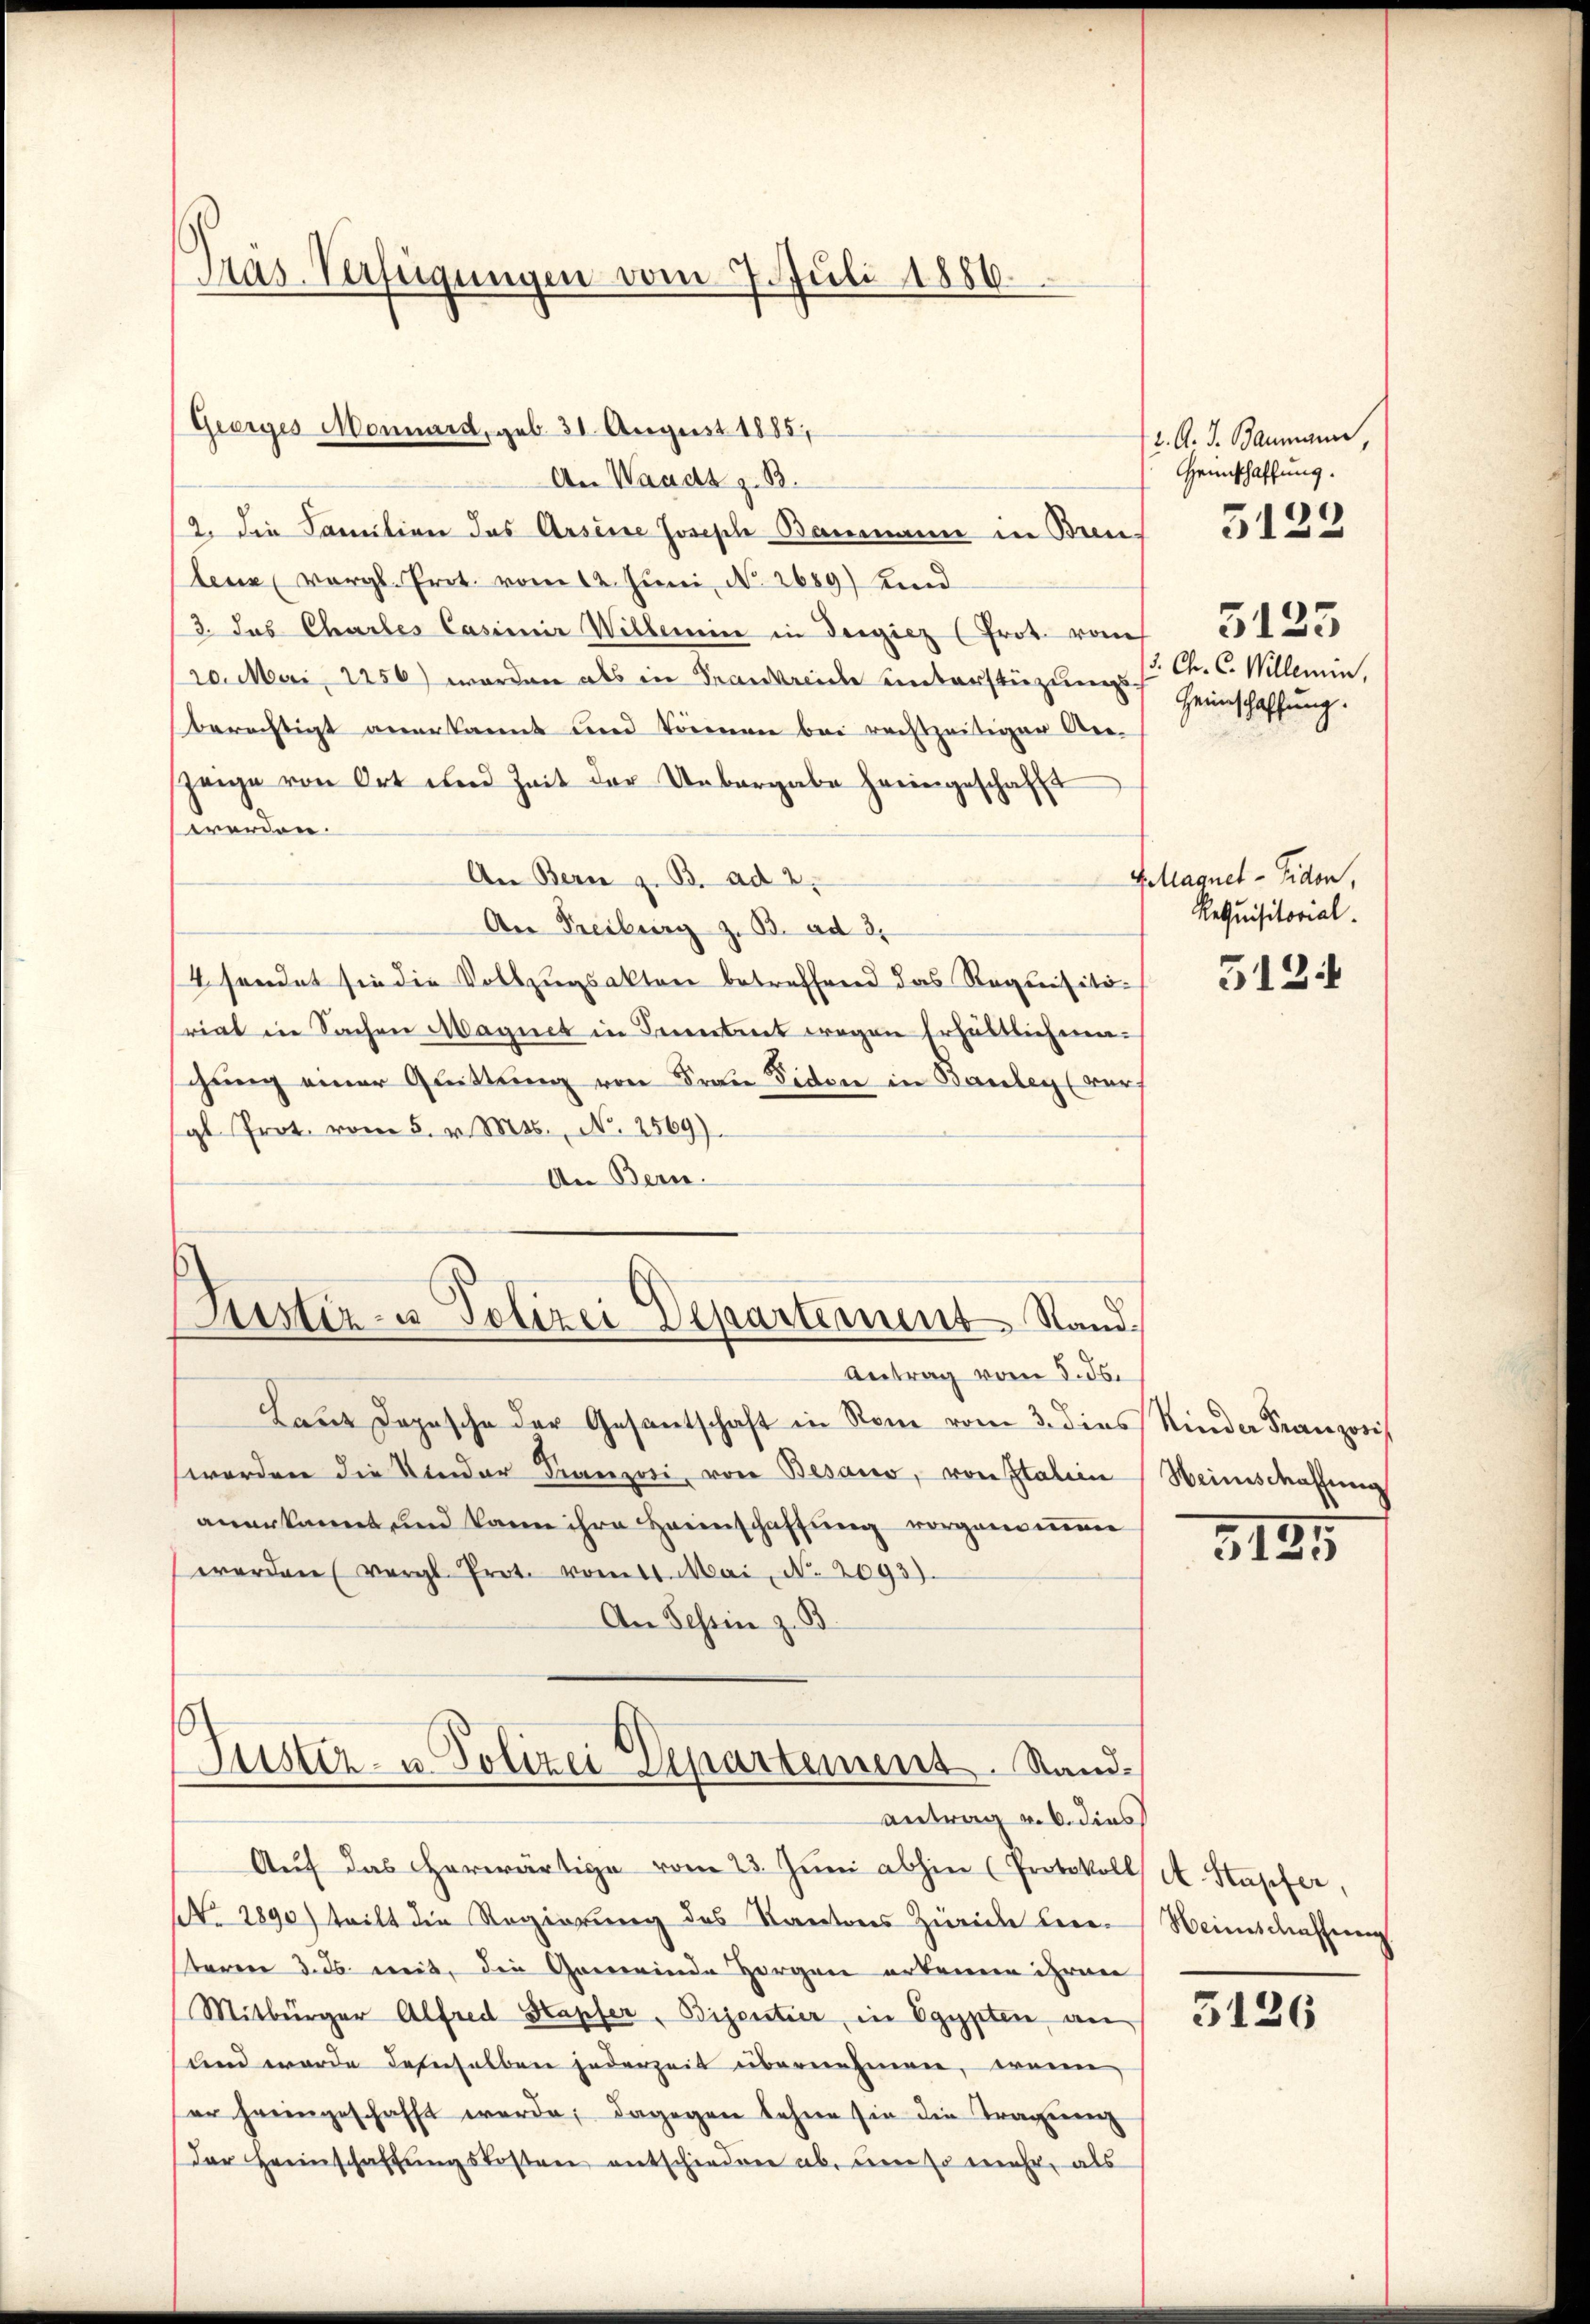
Präs. Verfügungen vom 7. Juli 1856.

(Geerges Monnard, geb. 31. August 1885

An Waadt z. B.
2. Die Familien das Arsene Joseph Baumann in Brenlenz vergl. Prot. vom 12. Juni No 2689) Und
/3. das Chartes Casimir Willein in dergicz (Prot. vom
/20. Mai 2256) worden als in Frankreide unterstüzungs C. C. Willemin,
berechtigt anerkannt und können bei rechtzeitigen An-
zeige von Ort und Zeit der Uebergabe heimgeschafft
werden.
An Bern z. B. ad 2.
An Freiburg z. B. ad 2.
4 sendet sie die Vollzugsakten betreffend das Requisitiriat in Sachen Magnet in Freitet wegen erhältlichenchung einer Glüttung von Frau Siden in Bauley (ver-
gl. Prot. vom 5. v. Mts., N. 2569).
An Bern.

Zustiz- & Polizei Departement Stand¬

Justiz- u. Polizei Departemens. Stand.
Antrag v. 6. dies

Antrag vom 5. ds.
Lanz Dopische der Gesantschaft in Rom vom 3. dies Rinder Franzosis
worden die Kinder Franzosi, von Besaus, von Italien
anerkannt und kann ihre Heimschaffung vorgend nenn
werden vergl. Prote vom 11. Mai, N. 2093).
An Tessin z. B.
Aŭf das herwärtige vom 23. Jŭni abhin (Protokoll A. Stapfer,
NNo. 1890) teilt die Regierung des Kantons Zürich Leisteren 3. ds. weit, die Gemeinde Horgen erkenne ihren
Mitbürger Alfred Stapfer, Bijentier, in Egypten, an
und werde denselben jederzeit übernehmen, wenn
er heringeschafft werde; dagegen Lehne sie die Tragenenz
Der Heimschaffungskosten entschieden ab, um so mehr, als

2. A. J. Baumann,
Heimschaffung.
5123
Heimschaffung.

5122

Glaquet - Fiden,
Requisitorial.

5124

Heinschaffung

3195

Weinschaffung

3126